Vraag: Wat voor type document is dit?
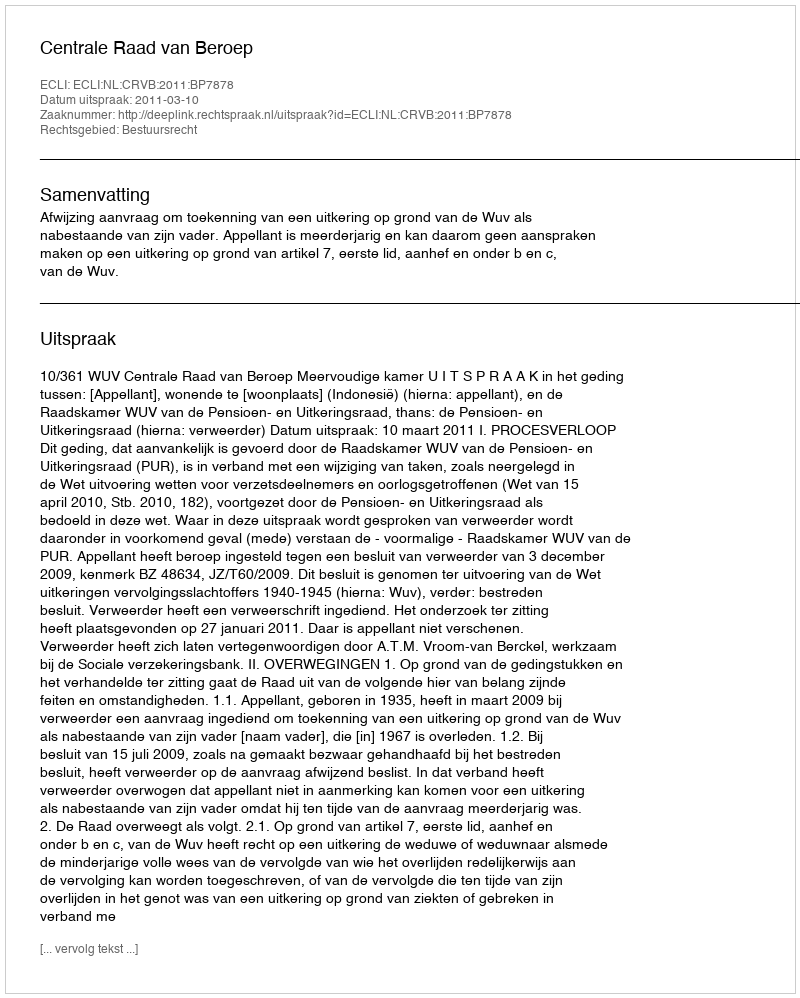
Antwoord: Uitspraak